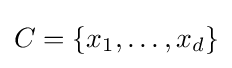
C=\{x_{1},\dots ,x_{d}\}